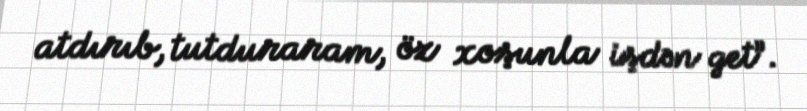
atdırıb, tutduraram, öz xoşunla işdən get”.